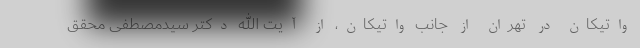
واتیکان در تهران از جانب واتیکان، از آیت ­الله دکتر سیدمصطفی محقق